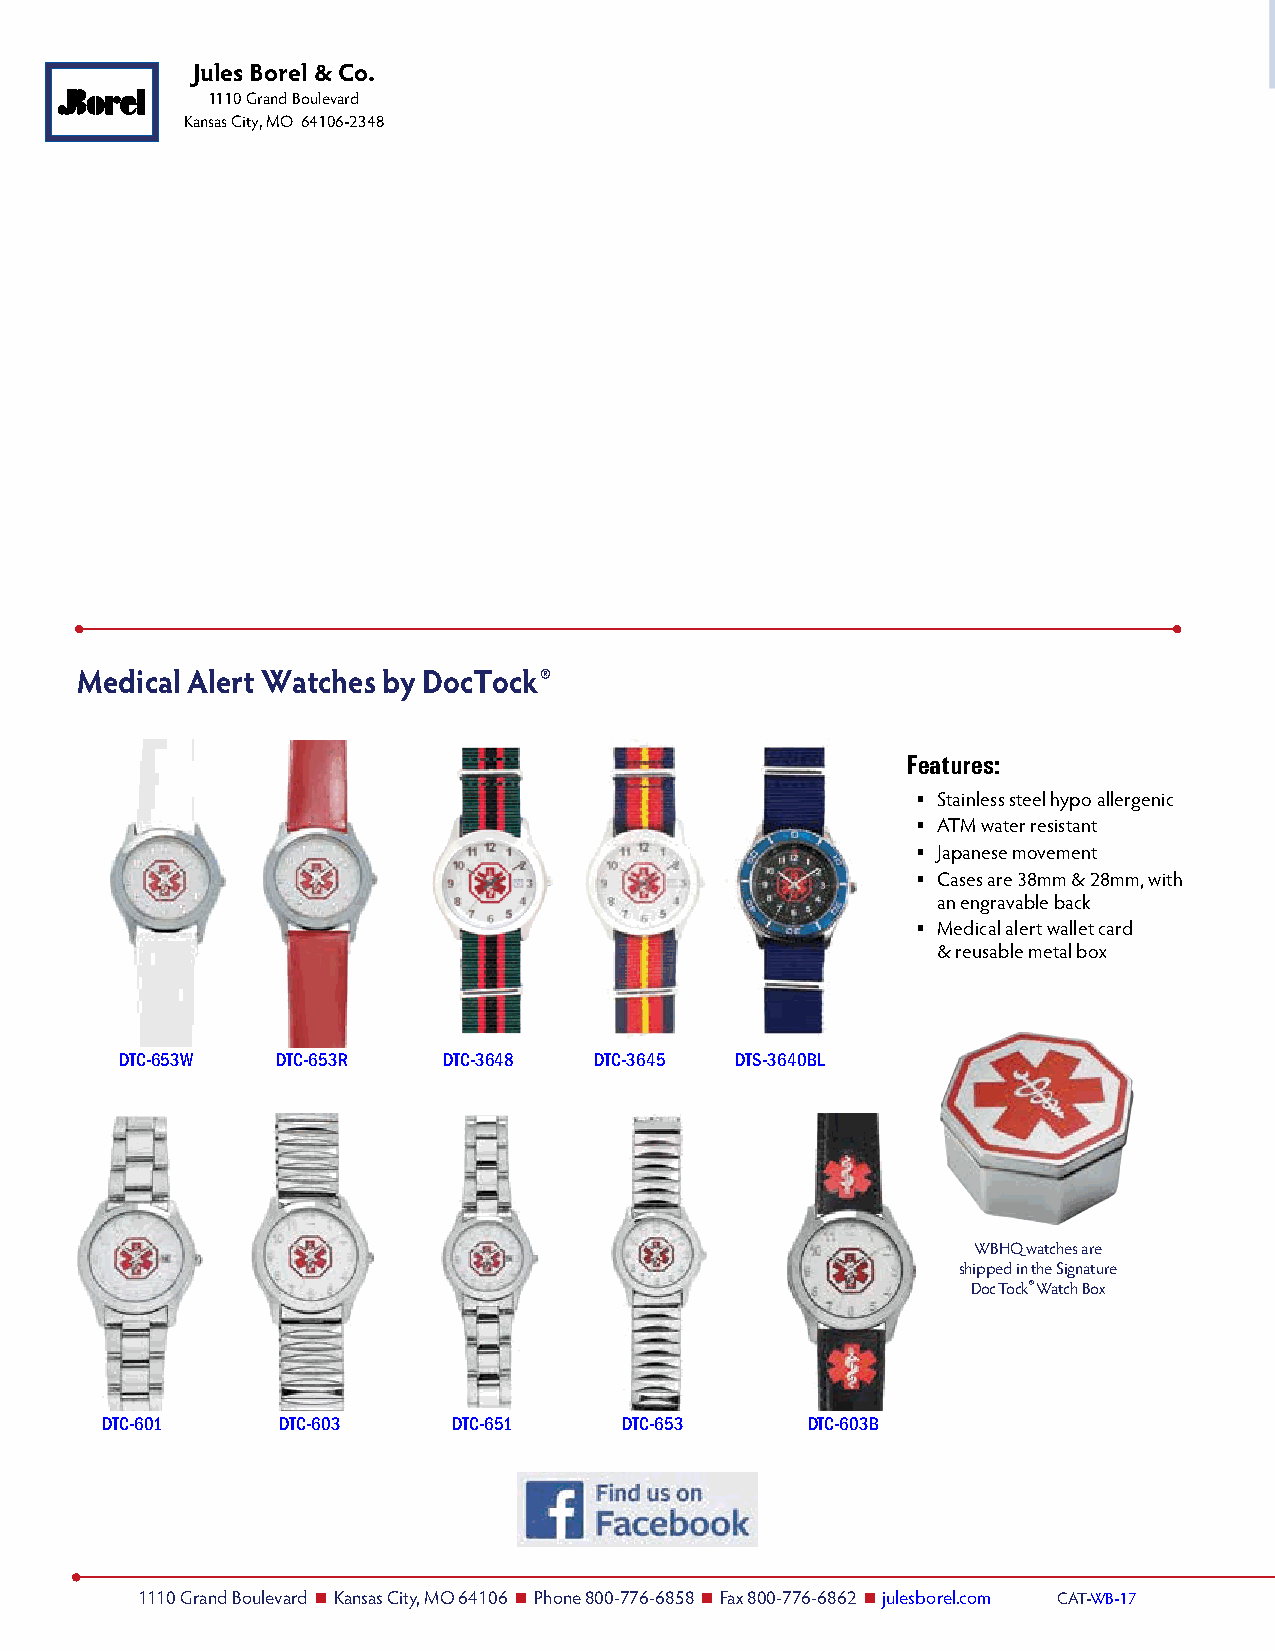
Jules Borel & Co.
 1110 Grand Boulevard
 Kansas City, MO 64106-2348
 Medical Alert Watches by DocTock®
 Features:
  Stainless steel hypo allergenic
  ATM water resistant
  Japanese movement
  Cases are 38mm & 28mm, with
 an engravable back
  Medical alert wallet card
 & reusable metal box
 DTC-653W  DTC-653R   DTC-3648  DTC-3645  DTS-3640BL
 WBHQ watches are
 shipped in the Signature
 Doc Tock® Watch Box
 DTC-601    DTC-603     DTC-651    DTC-653     DTC-603B
 1110 Grand Boulevard n Kansas City, MO 64106 n Phone 800-776-6858 n Fax 800-776-6862 n julesborel.com CAT-WB-17